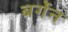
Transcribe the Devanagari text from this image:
बर्गेन